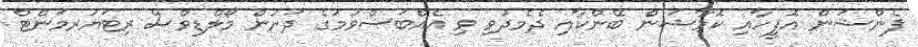
ޕެންޝަން އޮފީހާއި ކޮމާޝަން ބޭންކާއި ދެމެދުވި ވި އެއްބަސްވުމުގެ ދަށުން މޯލްޑިވްސް ރިޓަޔަރމަންޓް